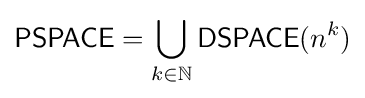
{\mathsf {PSPACE}}=\bigcup _{k\in \mathbb {N} }{\mathsf {DSPACE}}(n^{k})